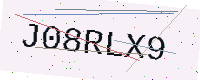
Text: J08RLX9